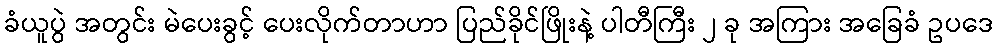
ခံယူပွဲ အတွင်း မဲပေးခွင့် ပေးလိုက်တာဟာ ပြည်ခိုင်ဖြိုးနဲ့ ပါတီကြီး ၂ ခု အကြား အခြေခံ ဥပဒေ